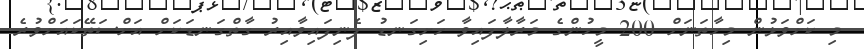
މި ކަށްވަޅުން މިހާތަނަށް 200 މީހުންގެ މަރާލާފައިވާ ހަށިގަނޑު ފެނިފައިވާއިރު ގާތްގަނޑަކަށް އަށްސަތޭކައަށްވުރެ